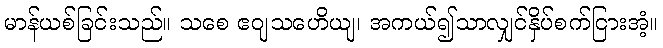
မာန်ယစ်ခြင်းသည်။ သစေ ဧဝျသဟေိယျ၊ အကယ်၍သာလျှင်နှိပ်စက်ငြားအံ့။